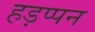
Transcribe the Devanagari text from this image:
हड़प्पन